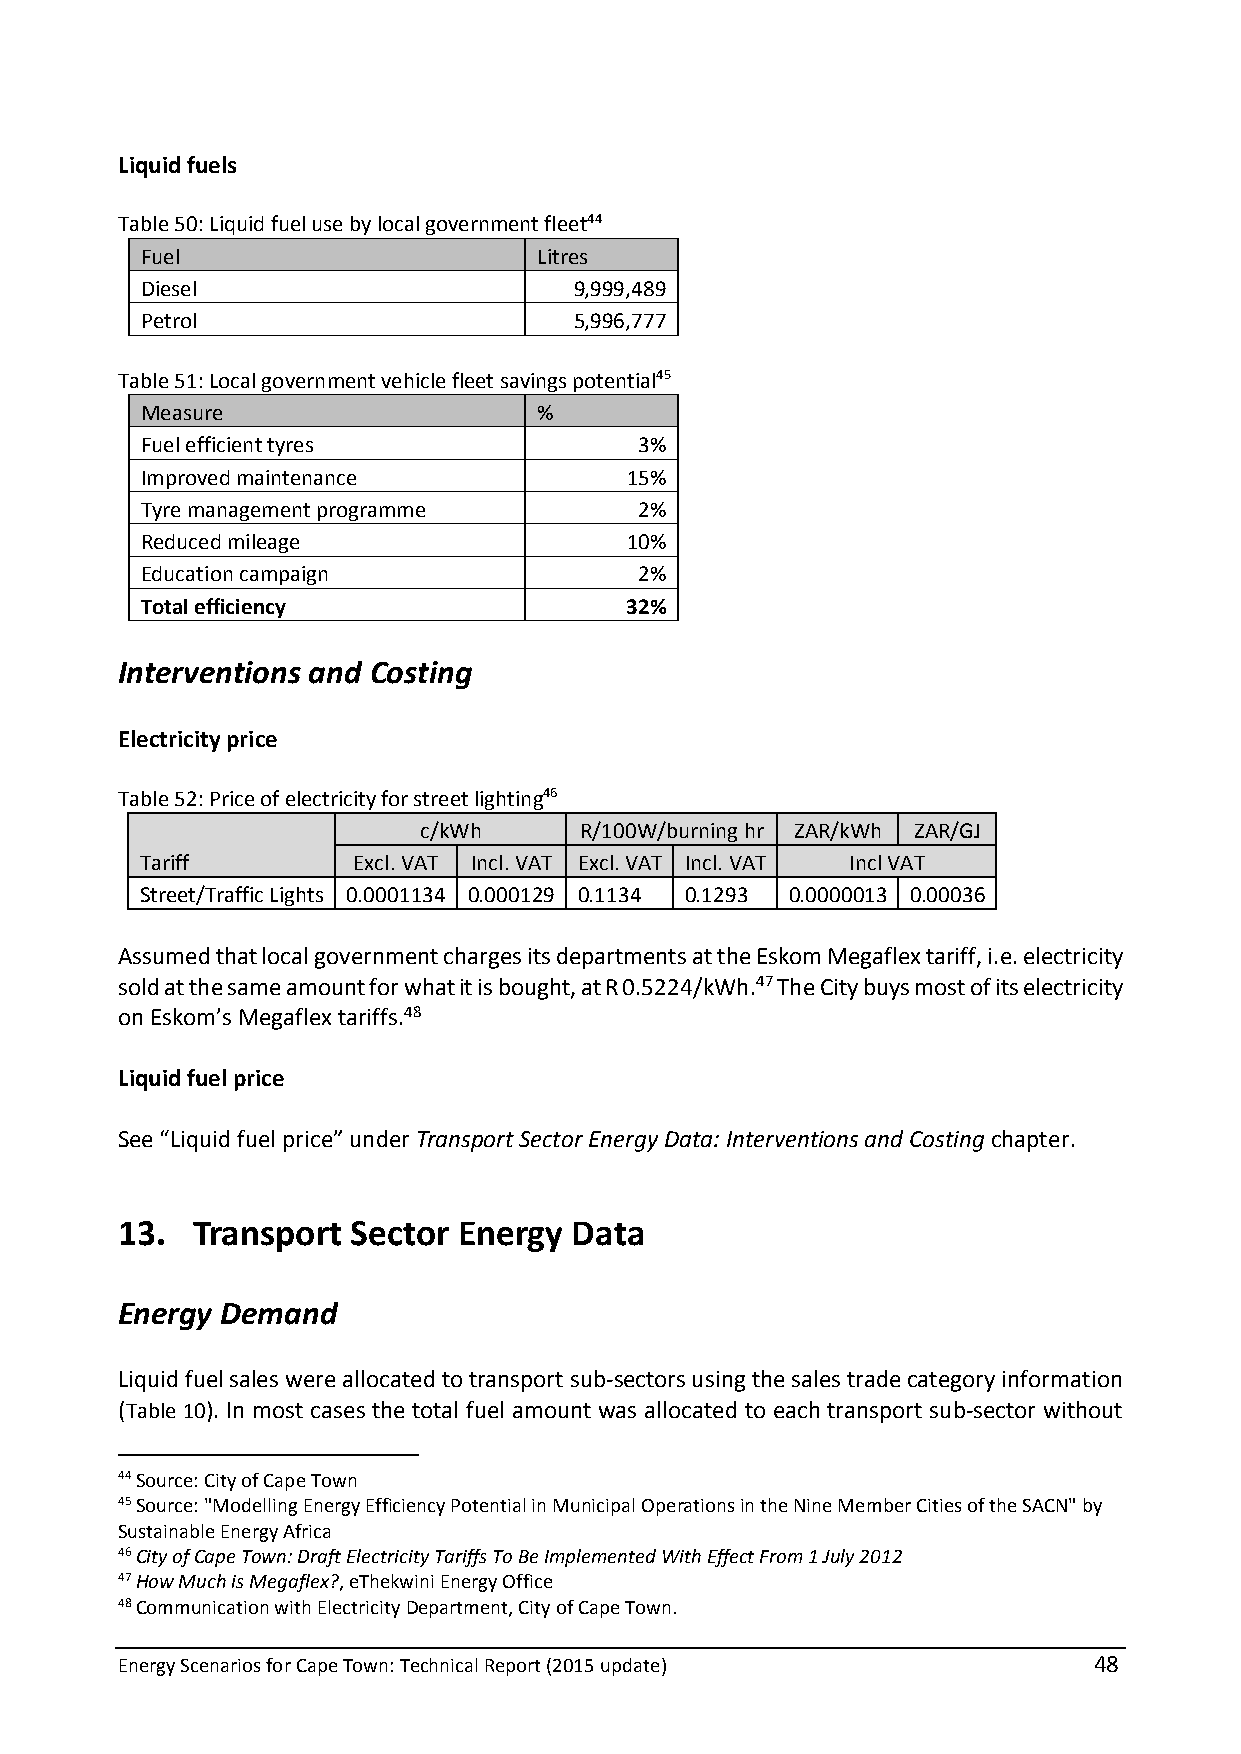
Liquid fuels
 Table 50: Liquid fuel use by local government fleet44
 Fuel                       Litres
 Diesel                       9,999,489
 Petrol                       5,996,777
 Table 51: Local government vehicle fleet savings potential45
 Measure                    %
 Fuel efficient tyres             3%
 Improved maintenance            15%
 Tyre management programme        2%
 Reduced mileage                 10%
 Education campaign               2%
 Total efficiency                32%
 Interventions and Costing
 Electricity price
 Table 52: Price of electricity for street lighting46
 c/kWh     R/100W/burning hr ZAR/kWh ZAR/GJ
 Tariff        Excl. VAT Incl. VAT Excl. VAT Incl. VAT Incl VAT
 Street/Traffic Lights 0.0001134 0.000129 0.1134 0.1293 0.0000013 0.00036
 Assumed that local government charges its departments at the Eskom Megaflex tariff, i.e. electricity
 sold at the same amount for what it is bought, at R 0.5224/kWh.47 The City buys most of its electricity
 on Eskom’s Megaflex tariffs.48
 Liquid fuel price
 See “Liquid fuel price” under Transport Sector Energy Data: Interventions and Costing chapter.
 13.  Transport Sector Energy  Data
 Energy Demand
 Liquid fuel sales were allocated to transport sub-sectors using the sales trade category information
 (Table 10). In most cases the total fuel amount was allocated to each transport sub-sector without
 44 Source: City of Cape Town
 45 Source: "Modelling Energy Efficiency Potential in Municipal Operations in the Nine Member Cities of the SACN" by
 Sustainable Energy Africa
 46 City of Cape Town: Draft Electricity Tariffs To Be Implemented With Effect From 1 July 2012
 47 How Much is Megaflex?, eThekwini Energy Office
 48 Communication with Electricity Department, City of Cape Town.
 Energy Scenarios for Cape Town: Technical Report (2015 update)  48